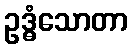
ဥဒ္ဓံသောတာ